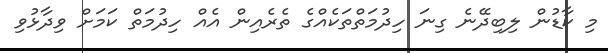
މި ކާޑުން ލިބިދޭނެ ގިނަ ހިދުމަތްތަކެއްގެ ތެރެއިން އެއް ހިދުމަތް ކަމަށް ވިދާޅުވި